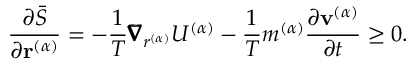
\frac { \partial \bar { S } } { \partial \mathbf { r } ^ { ( \alpha ) } } = - \frac { 1 } { T } \pmb { \nabla } _ { r ^ { ( \alpha ) } } U ^ { ( \alpha ) } - \frac { 1 } { T } m ^ { ( \alpha ) } \frac { \partial \mathbf { v } ^ { ( \alpha ) } } { \partial t } \geq 0 .